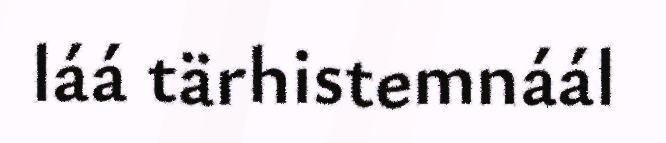
láá tärhistemnáál